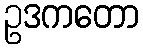
ဥဒကတော